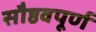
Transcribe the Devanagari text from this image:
सौष्ठवपूर्ण